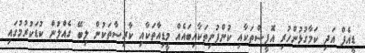
ޑީއެފް އަދި ކަމާގުޅުންހުރި އޮފީސްތަކާއި ކުންފުނިތަކާއިބައެއް މީޑިއާތަކާއި ކާރިސާތަކުން ލިބޭ ގެއްލުން ކުޑަކުރުމުގައި